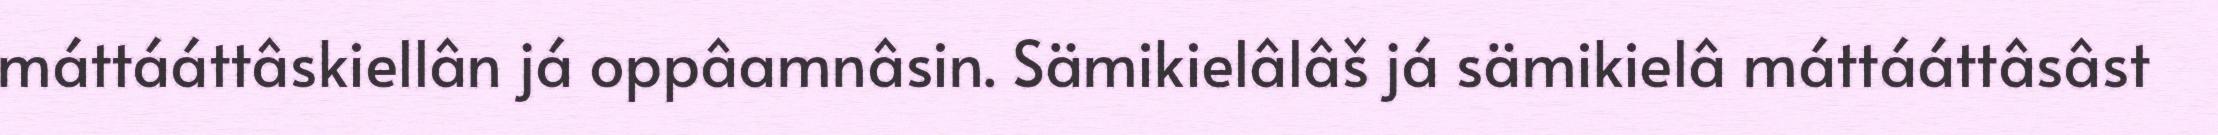
máttááttâskiellân já oppâamnâsin. Sämikielâlâš já sämikielâ máttááttâsâst